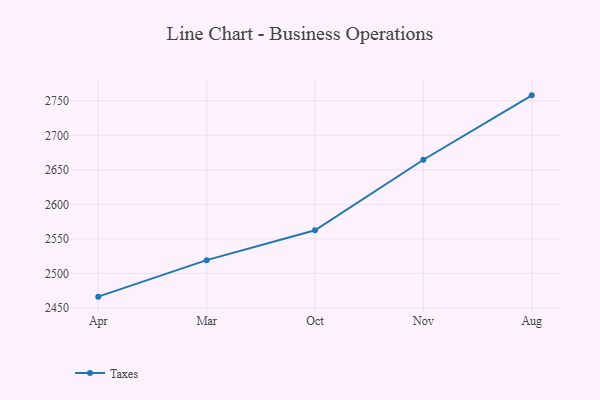
{"axis": {"x": "Month", "y": "Inventory Turnover"}, "legend": ["Taxes"], "data": [{"x": "Apr", "y": 2466.2, "type": "Taxes"}, {"x": "Mar", "y": 2519.1, "type": "Taxes"}, {"x": "Oct", "y": 2562.3, "type": "Taxes"}, {"x": "Nov", "y": 2664.6, "type": "Taxes"}, {"x": "Aug", "y": 2757.9, "type": "Taxes"}]}